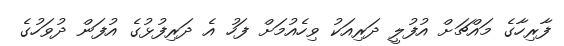
ފާރިހާގެ މައްޗަށް އުފުލީ ދަރިއަކު ވިހެއުމަށް ފަހު އެ ދަރިފުޅުގެ އުފަން ދުވަހުގެ